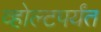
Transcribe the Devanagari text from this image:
व्होल्टपर्यंत